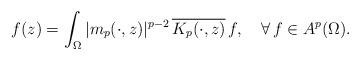
LaTeX: \begin{align*} f(z) = \int_\Omega |m_p(\cdot,z)|^{p-2}\,\overline{K_p(\cdot,z)}\,f,\ \ \ \forall\,f\in A^p(\Omega). \end{align*}